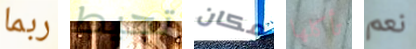
ربما تحيط مكان تأكلها نعم